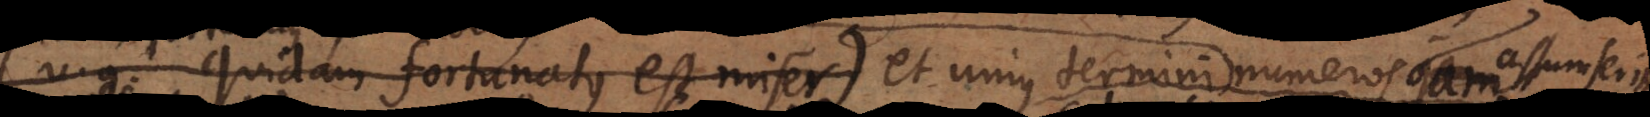
g. quidam fortunatus est miser) et unius termini (verbi gratia miseri)